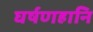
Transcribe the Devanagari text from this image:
घर्षणहानि